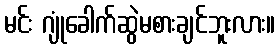
မင်း ဂျုံခေါက်ဆွဲမစားချင်ဘူးလား။